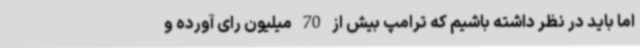
اما باید در نظر داشته باشیم که ترامپ بیش از 70 میلیون رای آورده و